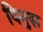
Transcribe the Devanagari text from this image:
पिनुस